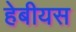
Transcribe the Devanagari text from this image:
हेबीयस